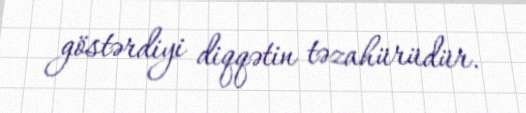
göstərdiyi diqqətin təzahürüdür.